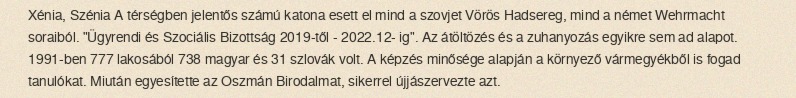
Xénia, Szénia A térségben jelentős számú katona esett el mind a szovjet Vörös Hadsereg, mind a német Wehrmacht soraiból. "Ügyrendi és Szociális Bizottság 2019-től - 2022.12- ig". Az átöltözés és a zuhanyozás egyikre sem ad alapot. 1991-ben 777 lakosából 738 magyar és 31 szlovák volt. A képzés minősége alapján a környező vármegyékből is fogad tanulókat. Miután egyesítette az Oszmán Birodalmat, sikerrel újjászervezte azt.